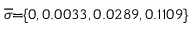
\! \! \! \overline { { \sigma } } \! \! = \! \! \{ 0 , 0 . 0 0 3 3 , 0 . 0 2 8 9 , 0 . 1 1 0 9 \} \! \! \!